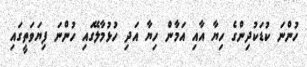
ހުންނަ ކުޑަކުދިންގެ ހިޔާ އާއި އަމާން ހިޔާ އަދި ހުޅުމާލޭގައި ހުންނަ ފިޔަވަތީގައި